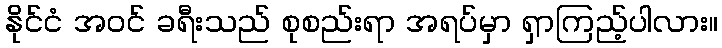
နိုင်ငံ အဝင် ခရီးသည် စုစည်းရာ အရပ်မှာ ရှာကြည့်ပါလား။